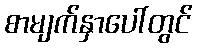
စာမျက်နှာပေါ်တွင်